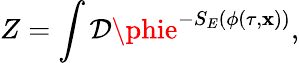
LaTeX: Z=\int{\cal\mathcal{D}}\phie^{-S_{E}(\phi(\tau,{\mathbf{x}}))},